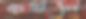
কইনি